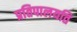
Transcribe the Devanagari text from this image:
प्रतिपालयति